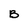
Character: B